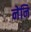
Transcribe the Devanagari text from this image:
नेनि